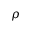
\rho